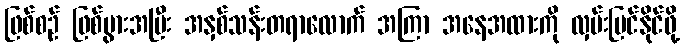
ဖြစ်စဉ် ဖြစ်ပွားအပြီး အနှစ်သန်းတရာလောက် အကြာ အနေအထားကို လှမ်းမြင်နိုင်ဖို့